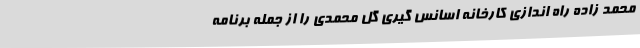
محمد زاده راه اندازی کارخانه اسانس گیری گل محمدی را از جمله برنامه